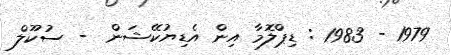
1979 - 1983 : ޑިޕްލޮމާ އިން އެޑިޔުކޭޝަން  - ސުކޫލް